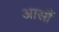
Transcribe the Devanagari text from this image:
आसौं